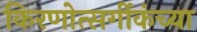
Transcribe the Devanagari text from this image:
किरणोत्सर्गीकंच्या